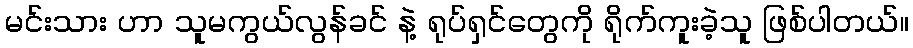
မင်းသား ဟာ သူမကွယ်လွန်ခင် နဲ့ ရုပ်ရှင်တွေကို ရိုက်ကူးခဲ့သူ ဖြစ်ပါတယ်။